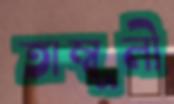
তাম্বূলী